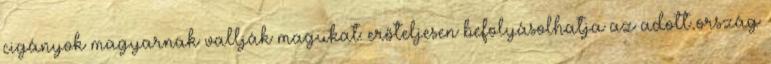
cigányok magyarnak vallják magukat: erőteljesen befolyásolhatja az adott ország